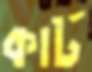
কার্ট